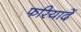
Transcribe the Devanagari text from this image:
फरियादें